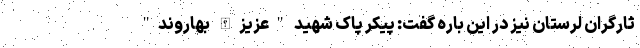
ثارگران لرستان نیز در این باره گفت: پیکر پاک شهید "عزیزالله بهاروند"